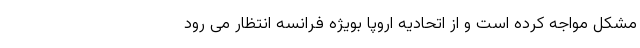
مشکل مواجه کرده است و از اتحادیه اروپا بویژه فرانسه انتظار می رود